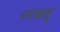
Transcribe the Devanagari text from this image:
गंगाबाबू